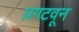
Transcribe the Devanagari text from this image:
प्रगटवून